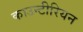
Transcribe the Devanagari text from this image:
काउन्टीरियन